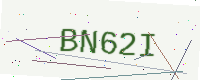
Text: BN62I